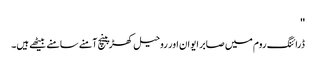
''
ڈرائنگ روم میں صابر ایوان اور روحیل کھڑپینچ آمنے سامنے بیٹھے ہیں۔